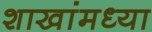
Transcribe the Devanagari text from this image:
शाखांमध्या